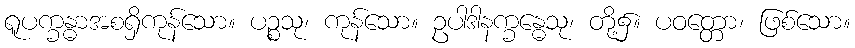
ရူပက္ခန္ဓာအစရှိကုန်သော။ ပဉ္စသု၊ ကုန်သော။ ဥပါဒါနက္ခန္ဓေသု၊ တို့၌။ ပဝတ္တော၊ ဖြစ်သော။